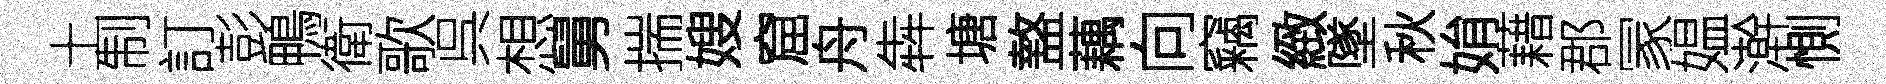
土制訂彭鴨衛歌呉想舅揣嫂窟舟犇塘盩藕向竊緻墜秋姢藉郡冡媪澣惻